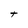
Character: t